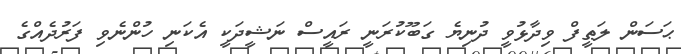
ޙަސަން ލަޠީފް ވިދާޅުވީ ދުނިޔެ ގަބޫކުރަނީ ރައީސް ނަޝީދަކީ އެކަނި ހުންނެވި ފަރުދެއްގެ